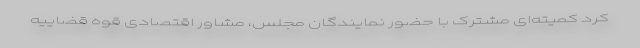
کرد کمیته‌ای مشترک با حضور نمایندگان مجلس، مشاور اقتصادی قوه قضاییه